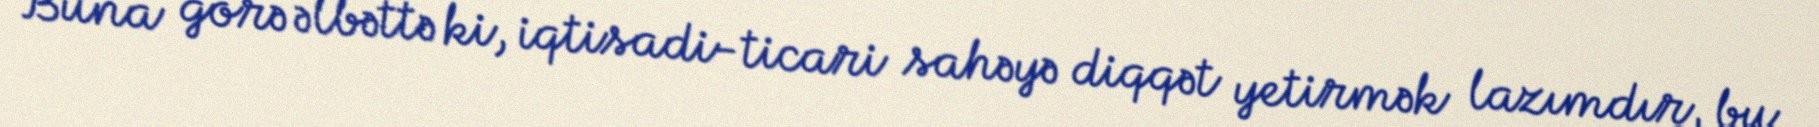
Buna görə əlbəttə ki, iqtisadi-ticari sahəyə diqqət yetirmək lazımdır, bu